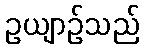
ဥယျာဉ်သည်